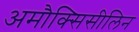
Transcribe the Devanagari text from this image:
अमौक्सिसीलिन